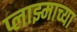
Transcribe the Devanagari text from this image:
प्लाझ्माच्या